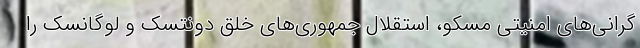
گرانی‌های امنیتی مسکو، استقلال جمهوری‌های خلق دونتسک و لوگانسک را